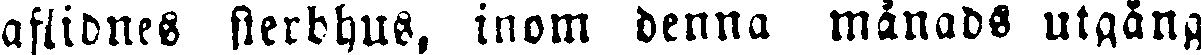
aflidnes sterbhus, inom denna månads utgång